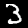
Label: 3